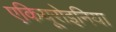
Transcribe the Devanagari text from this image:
एकियूरोइनिया